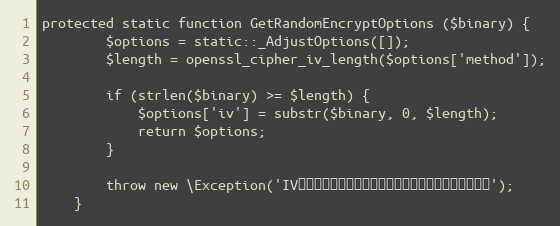
Language: PHP
protected static function GetRandomEncryptOptions ($binary) {
		$options = static::_AdjustOptions([]);
		$length = openssl_cipher_iv_length($options['method']);

		if (strlen($binary) >= $length) {
			$options['iv'] = substr($binary, 0, $length);
			return $options;
		}

		throw new \Exception('IVバイナリの長さがメソッドに対して足りていません。');
	}